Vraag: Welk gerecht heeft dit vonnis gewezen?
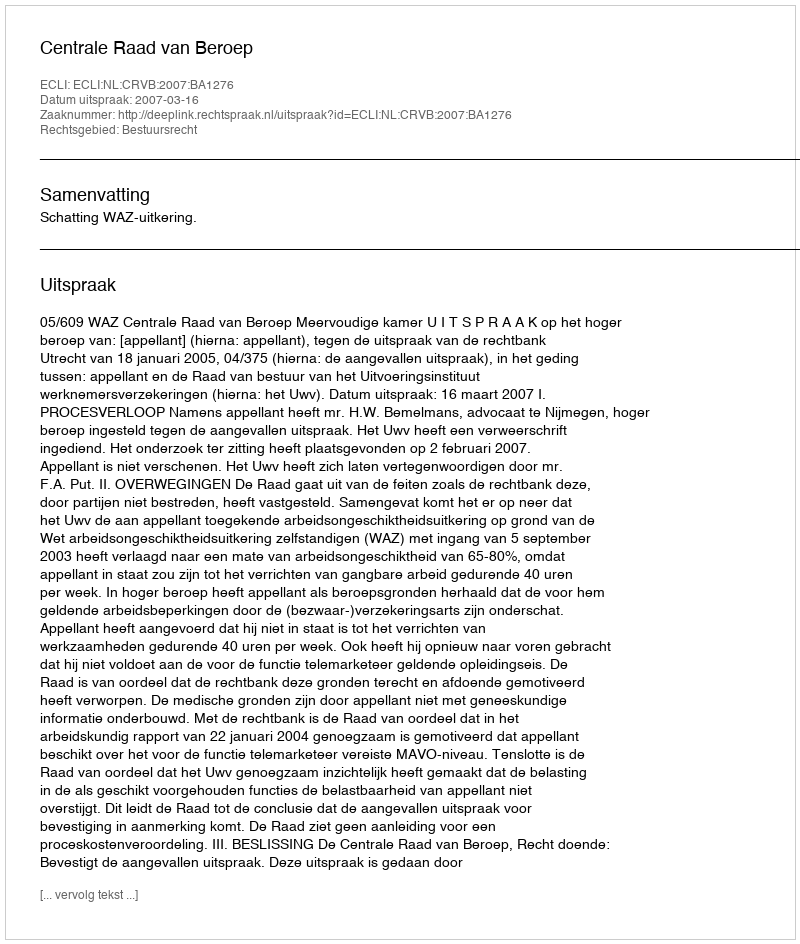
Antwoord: Centrale Raad van Beroep